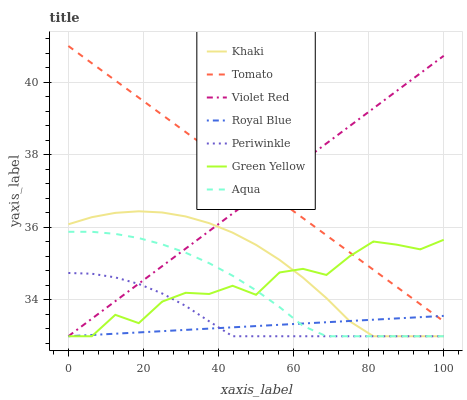
| xaxis_label | Khaki | Tomato | Violet Red | Royal Blue | Periwinkle | Green Yellow | Aqua |
 | --- | --- | --- | --- | --- | --- | --- | --- |
 | 0 | 36.1 | 41 | 33 | 33 | 34.7 | 33 | 35.9 |
 | 6.25 | 36.3 | 40.5 | 33.5 | 33 | 34.7 | 33 | 35.9 |
 | 12.5 | 36.4 | 40.1 | 34 | 33.1 | 34.6 | 33.6 | 35.8 |
 | 18.8 | 36.4 | 39.6 | 34.4 | 33.1 | 34.4 | 33.4 | 35.7 |
 | 25 | 36.4 | 39.1 | 34.9 | 33.1 | 34.2 | 34 | 35.5 |
 | 31.2 | 36.3 | 38.6 | 35.4 | 33.2 | 33.8 | 34.2 | 35.3 |
 | 37.5 | 36.1 | 38.2 | 35.9 | 33.2 | 33.4 | 34.2 | 35 |
 | 43.8 | 35.9 | 37.7 | 36.4 | 33.2 | 33 | 34.4 | 34.7 |
 | 50 | 35.5 | 37.2 | 36.9 | 33.3 | 33 | 34.1 | 34.3 |
 | 56.2 | 35.1 | 36.7 | 37.3 | 33.3 | 33 | 34.8 | 33.8 |
 | 62.5 | 34.6 | 36.3 | 37.8 | 33.4 | 33 | 34.9 | 33.3 |
 | 68.8 | 34.1 | 35.8 | 38.3 | 33.4 | 33 | 34.7 | 33 |
 | 75 | 33.4 | 35.3 | 38.8 | 33.4 | 33 | 35.2 | 33 |
 | 81.2 | 33 | 34.8 | 39.3 | 33.5 | 33 | 35.6 | 33 |
 | 87.5 | 33 | 34.4 | 39.8 | 33.5 | 33 | 35.5 | 33 |
 | 93.8 | 33 | 33.9 | 40.2 | 33.5 | 33 | 35.4 | 33 |
 | 100 | 33 | 33.4 | 40.7 | 33.6 | 33 | 35.7 | 33 |